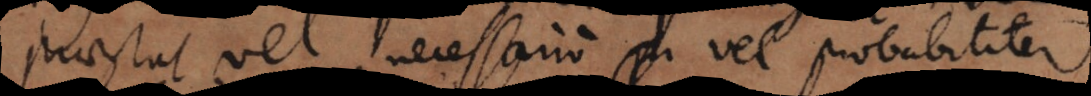
praestat vel necessario vel probabiliter